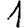
Digit: 1